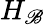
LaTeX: H_{\mathscr{B}}